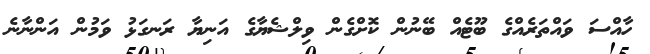
ހާއްސަ ވައްތަރެއްގެ ބޫޓެއް ބޭނުން ކޮށްގެން ވިލްޝެޔާގެ އަނިޔާ ރަނގަޅު ވަމުން އަންނާނެ